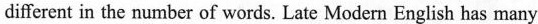
different in the number of words. Late Modern English has many